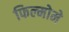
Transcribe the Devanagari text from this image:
फिल्मोमे